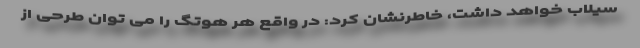
سیلاب خواهد داشت، خاطرنشان کرد: در واقع هر هوتگ را می توان طرحی از